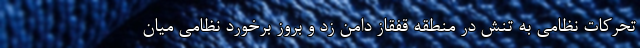
تحرکات نظامی به تنش در منطقه قفقاز دامن زد و بروز برخورد نظامی میان